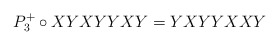
\begin{align*}P_3^{+}\circ XYXYYXY=YXYYXXY\end{align*}